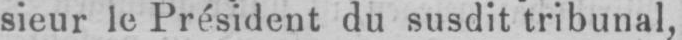
sieur le Président du susdit tribunal,